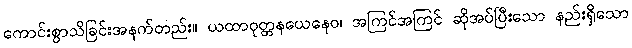
ကောင်းစွာသိခြင်းအနက်တည်း။ ယထာဝုတ္တနယေနေဝ၊ အကြင်အကြင် ဆိုအပ်ပြီးသော နည်းရှိသော